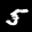
Digit: 5